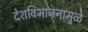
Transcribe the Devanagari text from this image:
देशविभाजनामुळे